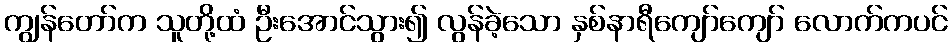
ကျွန်တော်က သူတို့ထံ ဦးအောင်သွား၍ လွန်ခဲ့သော နှစ်နာရီကျော်ကျော် လောက်ကပင်